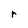
Character: r